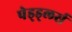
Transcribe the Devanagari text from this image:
पेड्ड्लर्स